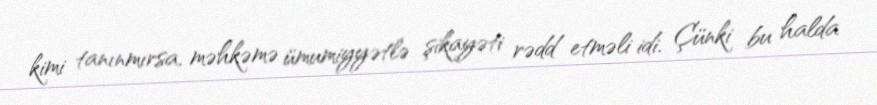
kimi tanınmırsa, məhkəmə ümumiyyətlə şikayəti rədd etməli idi. Çünki bu halda